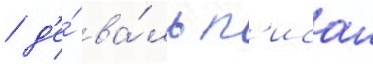
/ д'е́ ва́ль п'исал